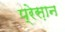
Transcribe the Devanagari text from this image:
प्रेस़ान